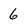
Character: 6